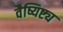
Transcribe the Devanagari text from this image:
वैष्यिष्ट्य